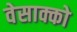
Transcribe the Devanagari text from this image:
वेसाक्को